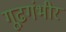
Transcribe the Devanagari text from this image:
गूढगंभीर